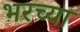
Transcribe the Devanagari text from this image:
भरच्या